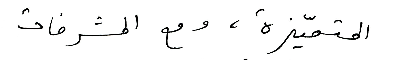
المتمّيزة، ومع المشرفات